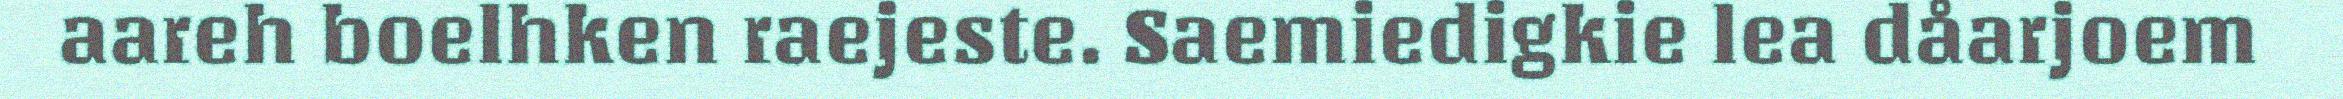
aareh boelhken raejeste. Saemiedigkie lea dåarjoem